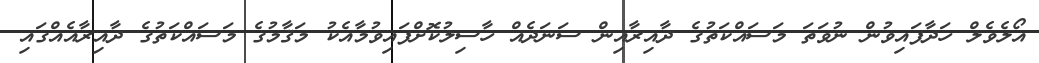
އޯލެވެލް ހަދާފައިވުން ނުވަތަ މަސައްކަތުގެ ދާއިރާއިން ސަނަދެއް ހާސިލުކޮށްފައިވުމާއެކު މަޤާމުގެ މަސައްކަތުގެ ދާއިރާއެއްގައި